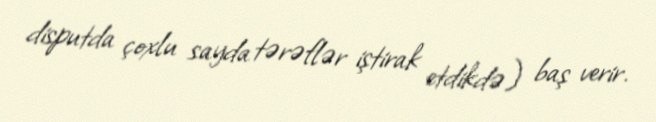
disputda çoxlu sayda tərəflər iştirak etdikdə) baş verir.